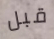
قبل